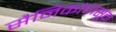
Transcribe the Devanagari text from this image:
सैनिकांपासून